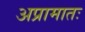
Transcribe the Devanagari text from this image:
अप्रामातः